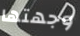
وجهتها